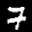
Label: 7